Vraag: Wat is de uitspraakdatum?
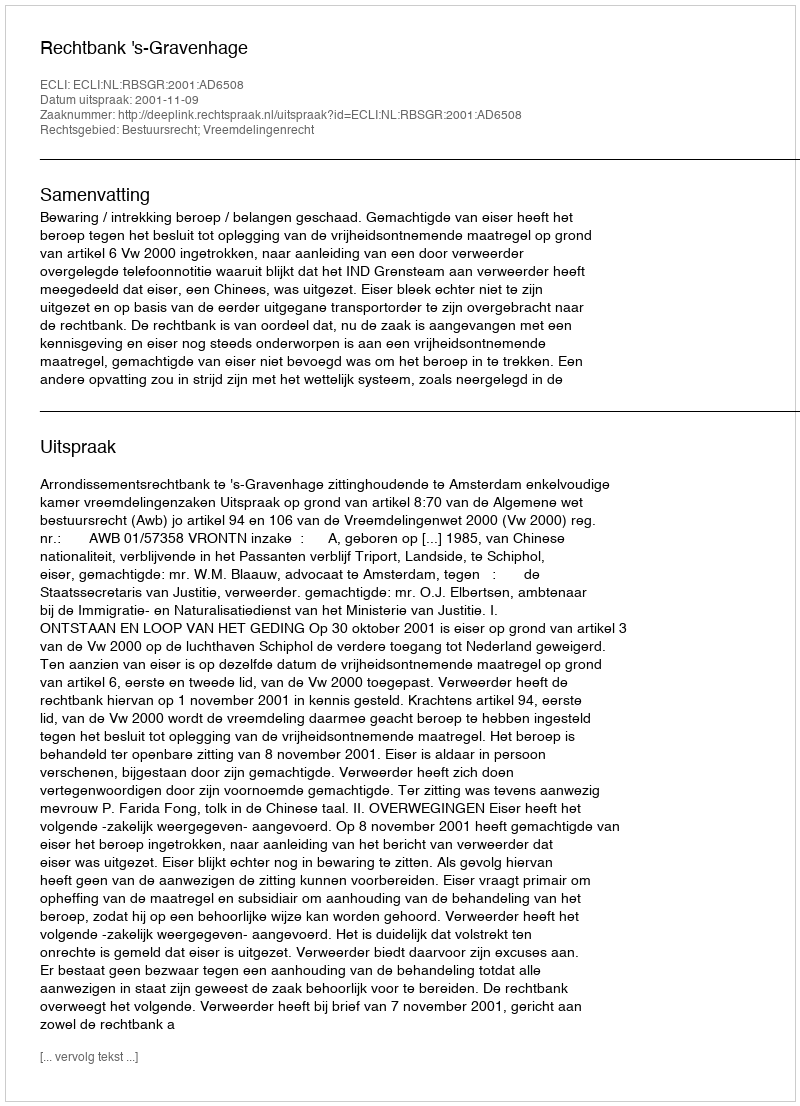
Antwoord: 2001-11-09